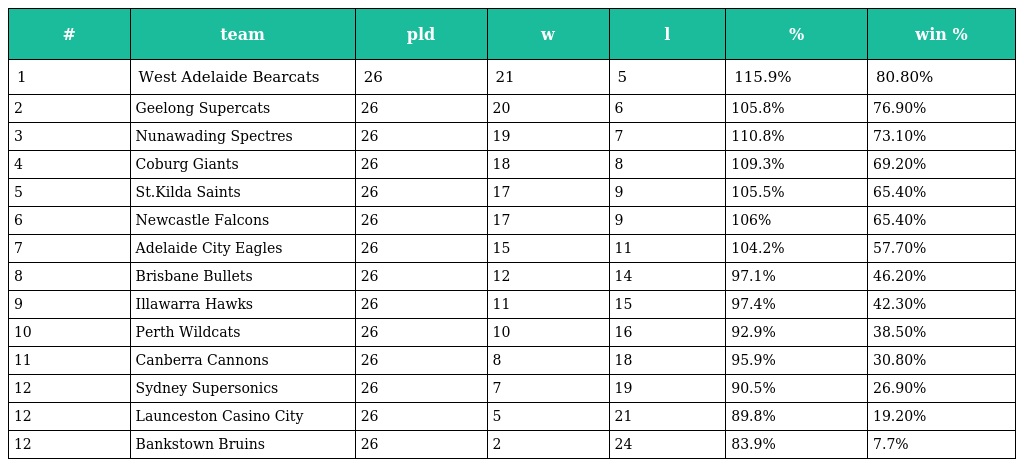
| # | team | pld | w | l | % | win % |
 | --- | --- | --- | --- | --- | --- | --- |
 | 1 | West Adelaide Bearcats | 26 | 21 | 5 | 115.9% | 80.80% |
 | 2 | Geelong Supercats | 26 | 20 | 6 | 105.8% | 76.90% |
 | 3 | Nunawading Spectres | 26 | 19 | 7 | 110.8% | 73.10% |
 | 4 | Coburg Giants | 26 | 18 | 8 | 109.3% | 69.20% |
 | 5 | St.Kilda Saints | 26 | 17 | 9 | 105.5% | 65.40% |
 | 6 | Newcastle Falcons | 26 | 17 | 9 | 106% | 65.40% |
 | 7 | Adelaide City Eagles | 26 | 15 | 11 | 104.2% | 57.70% |
 | 8 | Brisbane Bullets | 26 | 12 | 14 | 97.1% | 46.20% |
 | 9 | Illawarra Hawks | 26 | 11 | 15 | 97.4% | 42.30% |
 | 10 | Perth Wildcats | 26 | 10 | 16 | 92.9% | 38.50% |
 | 11 | Canberra Cannons | 26 | 8 | 18 | 95.9% | 30.80% |
 | 12 | Sydney Supersonics | 26 | 7 | 19 | 90.5% | 26.90% |
 | 12 | Launceston Casino City | 26 | 5 | 21 | 89.8% | 19.20% |
 | 12 | Bankstown Bruins | 26 | 2 | 24 | 83.9% | 7.7% |